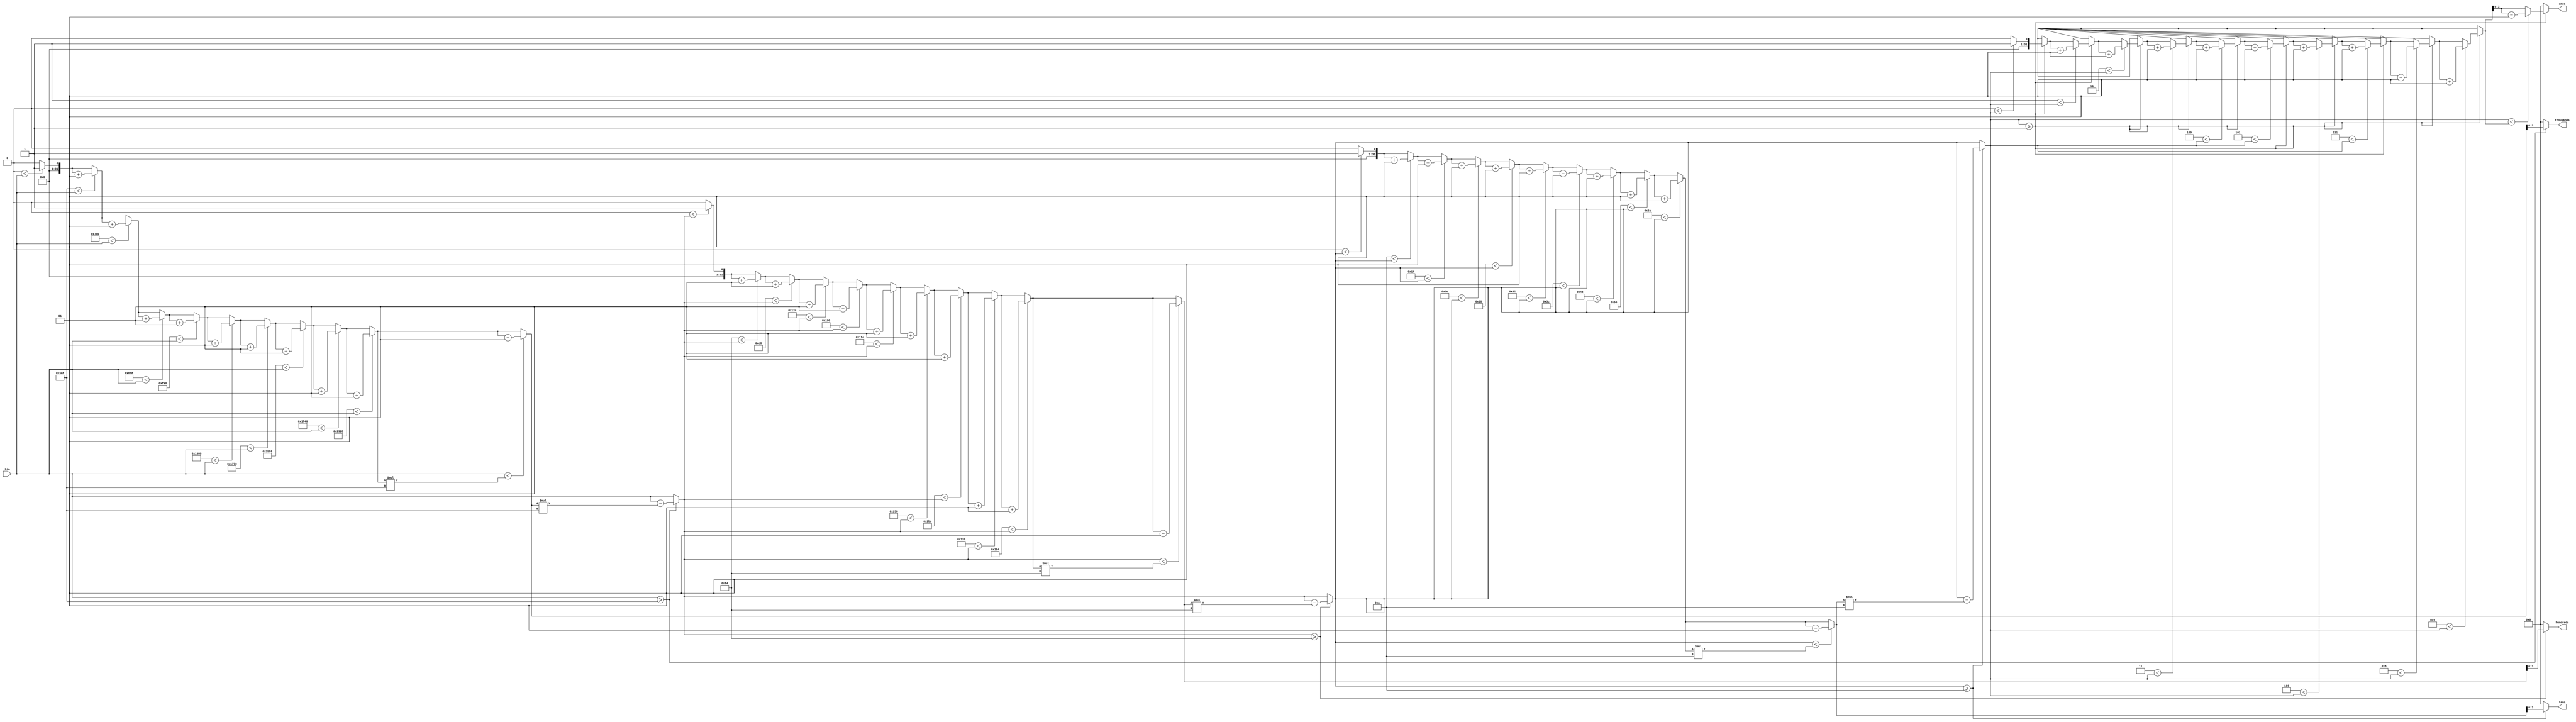
//////////////////////////////////////////////////////////////////////////////////
// Company: 
// Engineer: 
// 
// Design Name: 
// Module Name: bin_to_bcd
// Project Name: 
// Target Devices: 
// Tool Versions: 
// Description: 
// 
// Dependencies: 
// 
// Revision:
// Revision 0.01 - File Created
// Additional Comments:
// 
//////////////////////////////////////////////////////////////////////////////////

module bin_to_bcd(
    input wire [10:0] bin,
    output reg [3:0] ones,
    output reg [3:0] tens,
    output reg [3:0] hundreds,
    output reg [3:0] thousands
);
parameter THOU = 1000;
parameter HUND = 100;
parameter TENS = 10;
parameter ONES = 1;

reg [10:0] buffer;
integer i;
integer sub;

always @ (*)
begin
	buffer = bin;
	ones = 4'd0;
    tens = 4'd0;
    hundreds = 4'd0;
    thousands = 4'd0;
    sub = 0;
     if(buffer >= THOU) begin
     	for(i = 0; i < 10; i = i + 1) begin
     		if(i*THOU < buffer) begin
     			sub = sub + 1;
     		end
     	end
 		if(buffer < sub*THOU) begin
 			sub = sub - 1;
 		end
     	buffer = buffer - sub*THOU;
     	thousands = sub;
     end
     sub = 0;
     if(buffer >= HUND) begin
     	for(i = 0; i < 10; i = i + 1) begin
     		if(i*HUND < buffer) begin
     			sub = sub + 1;
     		end
     	end
 		if(buffer < sub*HUND) begin
 			sub = sub - 1;
 		end
     	buffer = buffer - sub*HUND;
     	hundreds = sub;
     end
     sub = 0;
     if(buffer >= TENS) begin
     	for(i = 0; i < 10; i = i + 1) begin
     		if(i*TENS < buffer) begin
     			sub = sub + 1;
     		end
     	end
 		if(buffer < sub*TENS) begin
 			sub = sub - 1;
 		end
     	buffer = buffer - sub*TENS;
     	tens = sub;
     end
     sub = 0;
     if(buffer >= ONES) begin
     	for(i = 0; i < 10; i = i + 1) begin
     		if(i*ONES < buffer) begin
     			sub = sub + 1;
     		end
     	end
 		if(buffer < sub) begin
 			sub = sub - 1;
 		end
     	buffer = buffer - sub;
     	ones = sub;
     end
end

endmodule